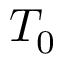
T _ { 0 }